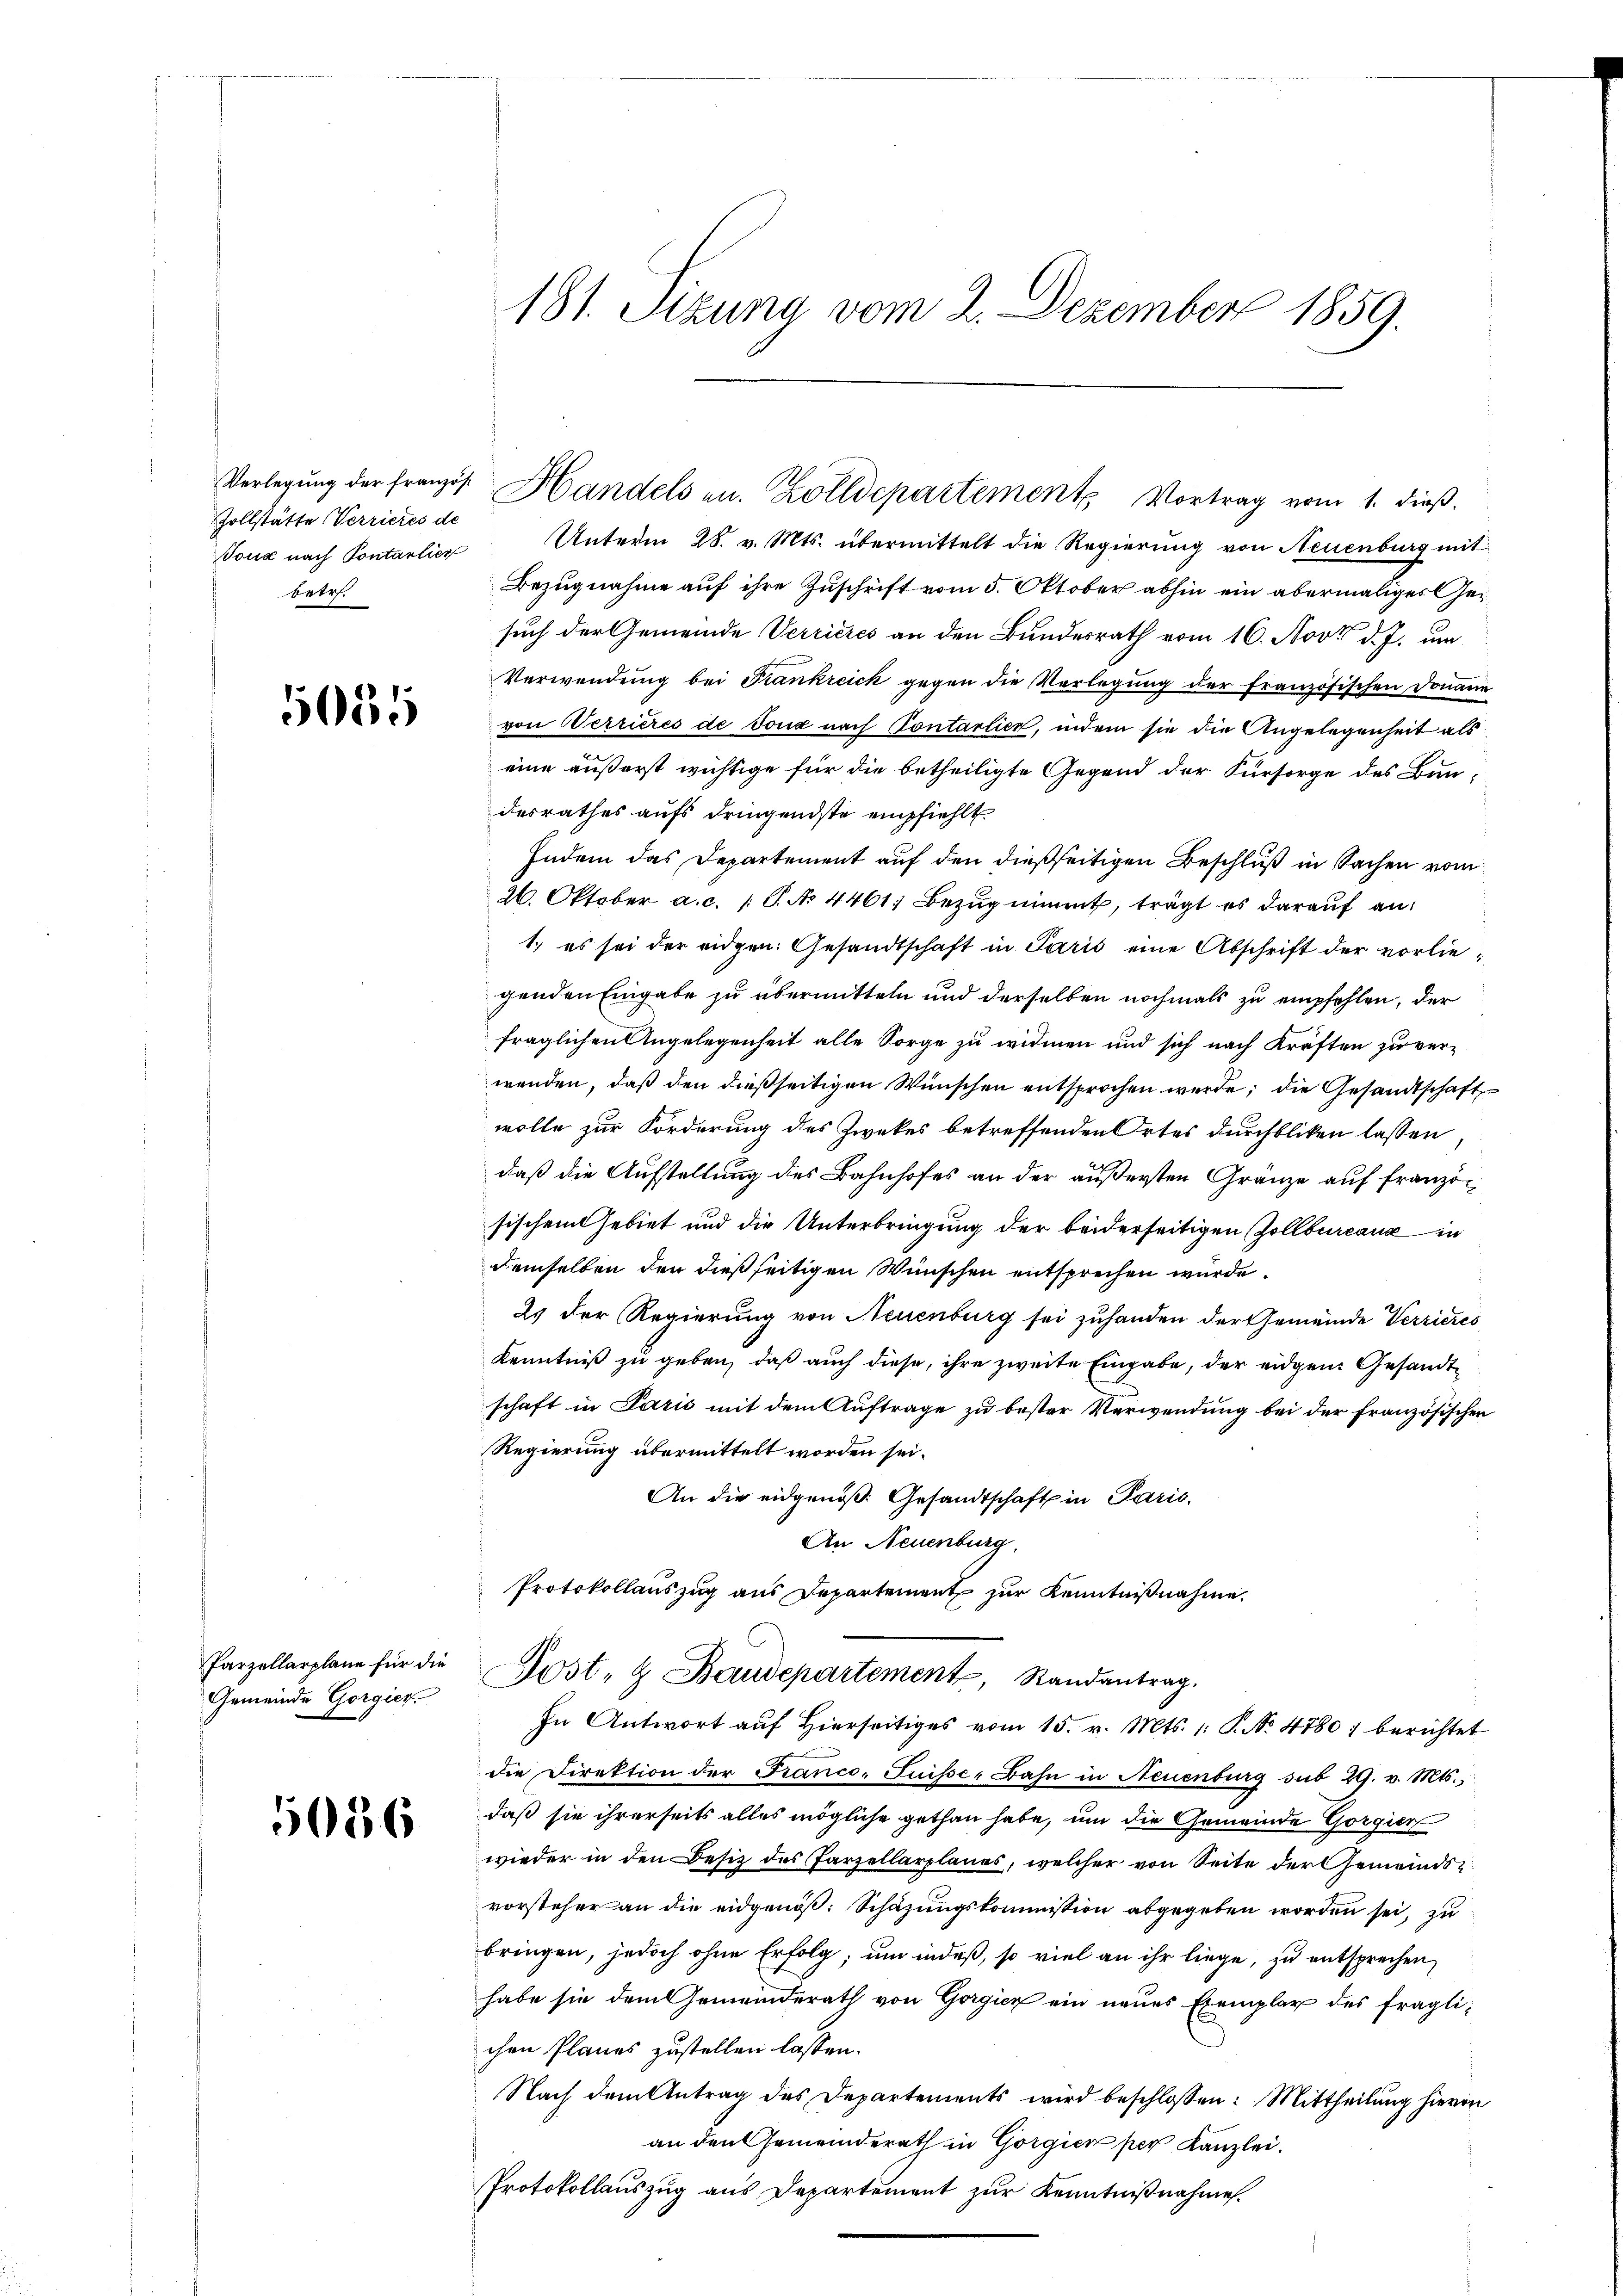
Zollstätte Verrieres de
betr.

5635

Parzellarplane für die
Gemeinde Gorgier

5056

181. Sizung vom 2. Dezember 1859.

Toux nach Pontarlier Unterm 28. v. Mts. übermittelt die Regierung von Neuenburg mit
Bezugnahme auf ihre Zuschrift vom 5. Oktober abhin ein abermaliges Gesuch der Gemeinde Verrieres an den Bundesrath vom 16. Nov. d. J. um
Verwendung bei Frankreich gegen die Verlegung der französischen Donaue
von Verrieres de Toux nach Contarlich, indem sie die Angelegenheit als
eine äußerst wichtige für die betheiligte Gegend der Fürsorge des Bundesrathes aufs dringendste empfiehlt
Indem das Departement auf den dießseitigen Beschluß in Sachen vom
26. Oktober a.c. (T. No 4461; Bezug nimmt, trägt es darauf an:
1.) es sei der eidgen. Gesandtschaft in Paris eine Abschrift der vorliegenden Eingabe zu übermitteln und derselben nochmals zu empfehlen, der
fraglichen Angelegenheit alle Sorge zu widmen und sich nach Kräften zu verwenden, daß den dießseitigen Wünschen entsprochen werde; die Gesandtschaft
wolle zur Forderung des Zweckes betreffenden Ortes durchbliken lassen
daß die Aufstellung des Bahnhofes an der äußersten Gränze auf französischem Gebiet und die Unterbringung der beiderseitigen Zollbureaux in
demselben den dießseitigen Wünschen entsprechen wurde.
2. der Regierung von Neuenburg sei zuhanden der Gemeinde Verrieres
Kenntniß zu geben, daß auch diese, ihre zweite Eingabe, der eidgen Gesandtschaft in Paris mit dem Auftrage zu bester Verwendung bei der französischen
Regierung übermittelt worden sei.
An die eidgenöß: Gesandtschaft in Paris,
An Neuenburg,
Protokollauszug aus Departement zur Kenntnißnahme.
Post- & Baudepartement, Randantrag.
In Antwort auf Hierseitiges vom 15. v. Mts. 1. P. No. 4780, berichtet
die Direktion der Franco- Puisse, Bahn in Neuenburg sub 29. v. Mts.,
daß sie ihrerseits alles mögliche gethan habe, um die Gemeinde Gorgier
wieder in den Besitz des Parzellarplanes, welcher von Seite der Gemeindsvorsteher an die eidgenöβ: Schazungskommission abgegeben worden sei, zu
bringen, jedoch ohne Erfolg, um indeß, so viel an ihr liege, zu entsprechen,
habe sie dem Gemeinderath von Gorgicz ein neues Exemplar des fraglichen Planes zustellen lassen.
Nach dem Antrag des Departements wird beschlossen: Mittheilung hievon
an den Gemeinderath in Gorgier per Kanzlei.
Protokollauszug aus Departement zur Kenntnißnahme.

Verlegŭng der französ. Handels an. Zolldepartement Vortrag vom 1. dieβ.